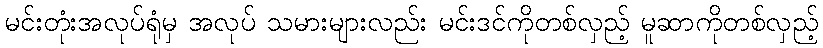
မင်းတုံးအလုပ်ရုံမှ အလုပ် သမားများလည်း မင်းဒင်ကိုတစ်လှည့် မူဆာကိုတစ်လှည့်